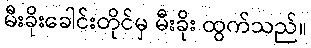
မီးခိုးခေါင်းတိုင်မှ မီးခိုး ထွက်သည်။